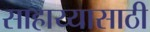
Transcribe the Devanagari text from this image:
साहाय्यासाठी